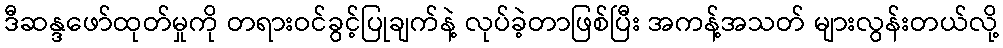
ဒီဆန္ဒဖော်ထုတ်မှုကို တရားဝင်ခွင့်ပြုချက်နဲ့ လုပ်ခဲ့တာဖြစ်ပြီး အကန့်အသတ် များလွန်းတယ်လို့